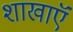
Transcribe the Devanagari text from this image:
शाखाऍं